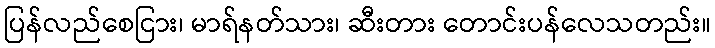
ပြန်လည်စေငြား၊ မာရ်နတ်သား၊ ဆီးတား တောင်းပန်လေသတည်း။